Malarial fevers
Disease focus: Malaria
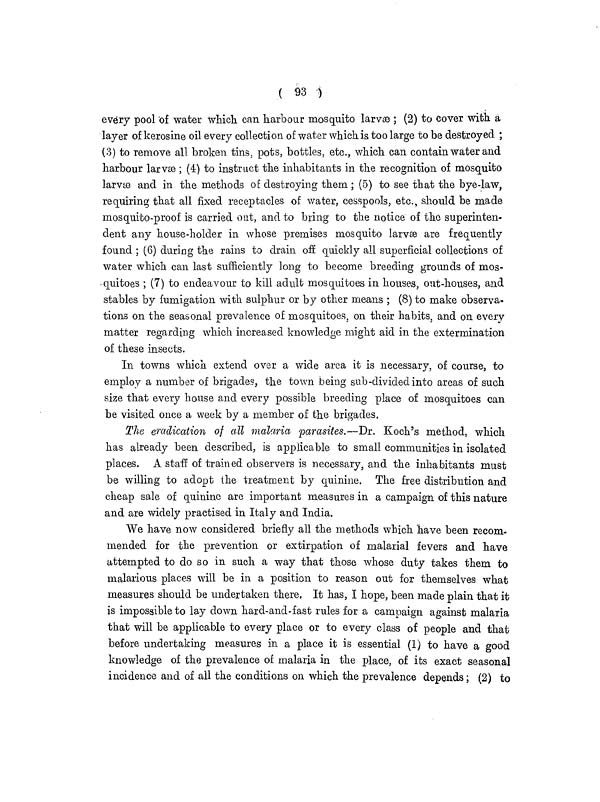
( 93 )
every pool "of water which, can harbour mosquito larvæ ; (2) to cover with a
layer of kerosine oil every collection of water which is too large to be destroyed ;
(3) to remove all broken tins, pots, bottles, etc., which can contain water and
harbour larvæ ; (4) to instruct the inhabitants in the recognition of mosquito
larvæ and in the methods of destroying them ; (5) to see that the bye-law,
requiring that all fixed receptacles of water, cesspools, etc., should be made
mosquito-proof is carried oat, and to bring to the notice of the superinten-
dent any house-holder in whose premises mosquito larvæ are frequently
found ; (6) during the rains to drain off quickly all superficial collections of
water which can last sufficiently long to become breeding grounds of mos-
quitoes ; (7) to endeavour to kill adult mosquitoes in houses, out-houses, and
stables by fumigation with sulphur or by other means ; (8) to make observa-
tions on the seasonal prevalence of mosquitoes, on their habits, and on every
matter regarding which increased knowledge might aid in the extermination
of these insects.
In towns which extend over a wide area it is necessary, of course, to
employ a number of brigades, the town being sub-divided into areas of such
size that every house and every possible breeding place of mosquitoes can
be visited once a week by a member of the brigades.
The eradication of all malaria parasites.—Dr. Koch's method, which
has already been described, is applicable to small communities in isolated
places. A staff of trained observers is necessary, and the inhabitants must
be willing to adopt the treatment by quinine. The free distribution and
cheap sale of quinine are important measures in a campaign of this nature
and are widely practised in Italy and India.
We have now considered briefly all the methods which have been recom-
mended for the prevention or extirpation of malarial fevers and have
attempted to do so in such a way that those whose duty takes them to
malarious places will be in a position to reason out for themselves what
measures should be undertaken there. It has, I hope, been made plain that it
is impossible to lay down hard-and-fast rules for a campaign against malaria
that will be applicable to every place or to every class of people and that
before undertaking measures in a place it is essential (1) to have a good
knowledge of the prevalence of malaria in the place, of its exact seasonal
incidence and of all the conditions on which the prevalence depends; (2) to